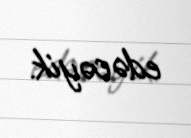
edəcəyik.